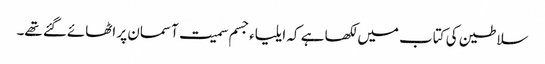
سلاطین کی کتاب میں لکھا ہے کہ ایلیاءجسم سمیت آسمان پر اٹھائےگئے تھے۔